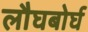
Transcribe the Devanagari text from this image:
लौघबोर्घ